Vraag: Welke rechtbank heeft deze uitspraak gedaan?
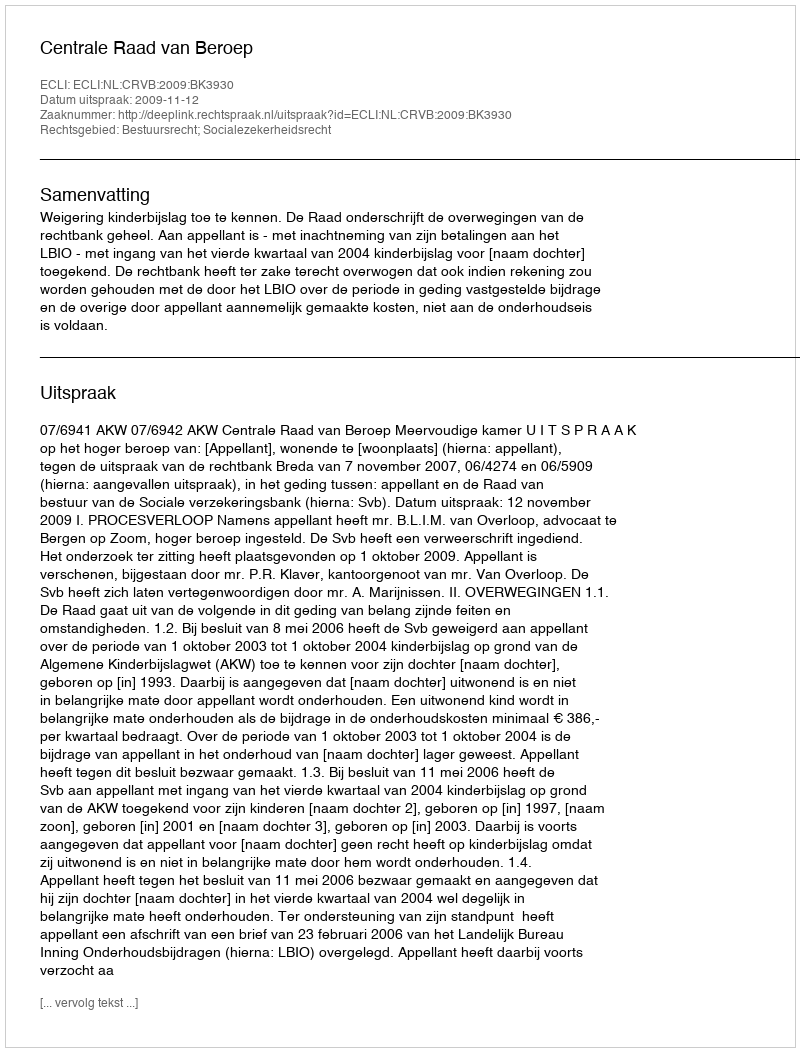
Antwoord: Centrale Raad van Beroep